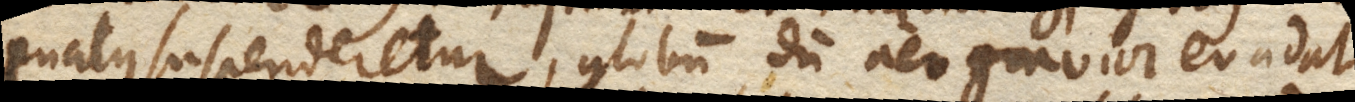
cuatus suspenderetur, globum dum aer gravior evadat